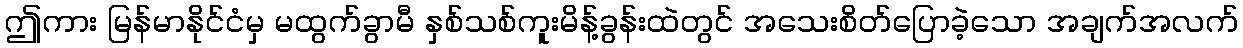
ဤကား မြန်မာနိုင်ငံမှ မထွက်ခွာမီ နှစ်သစ်ကူးမိန့်ခွန်းထဲတွင် အသေးစိတ်ပြောခဲ့သော အချက်အလက်